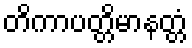
တိကာပတ္တိမာနတ္တံ